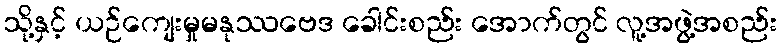
သို့နှင့် ယဉ်ကျေးမှုမနုဿဗေဒ ခေါင်းစည်း အောက်တွင် လူ့အဖွဲ့အစည်း